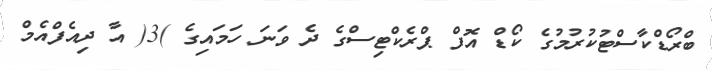
ބްރޯޑްކާސްޓުކުރުމުގެ ކޯޑް އޮފް ޕްރެކްޓިސްގެ ދެ ވަނަ ހަމައިގެ )3( އާ ދިއެފްއެމް